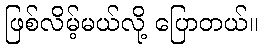
ဖြစ်လိမ့်မယ်လို့ ပြောတယ်။